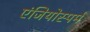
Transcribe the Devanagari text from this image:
एंजियोस्पर्म